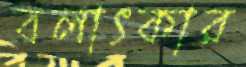
বলাৎকার